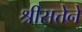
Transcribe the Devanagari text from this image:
श्रीसत्तेने